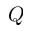
Q